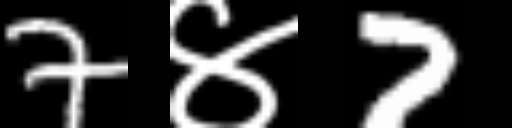
Text: 7४7